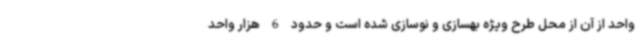
واحد از آن از محل طرح ویژه بهسازی و نوسازی شده است و حدود 6 هزار واحد